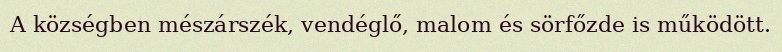
A községben mészárszék, vendéglő, malom és sörfőzde is működött.